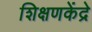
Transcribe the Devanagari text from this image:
शिक्षणकेंद्रे